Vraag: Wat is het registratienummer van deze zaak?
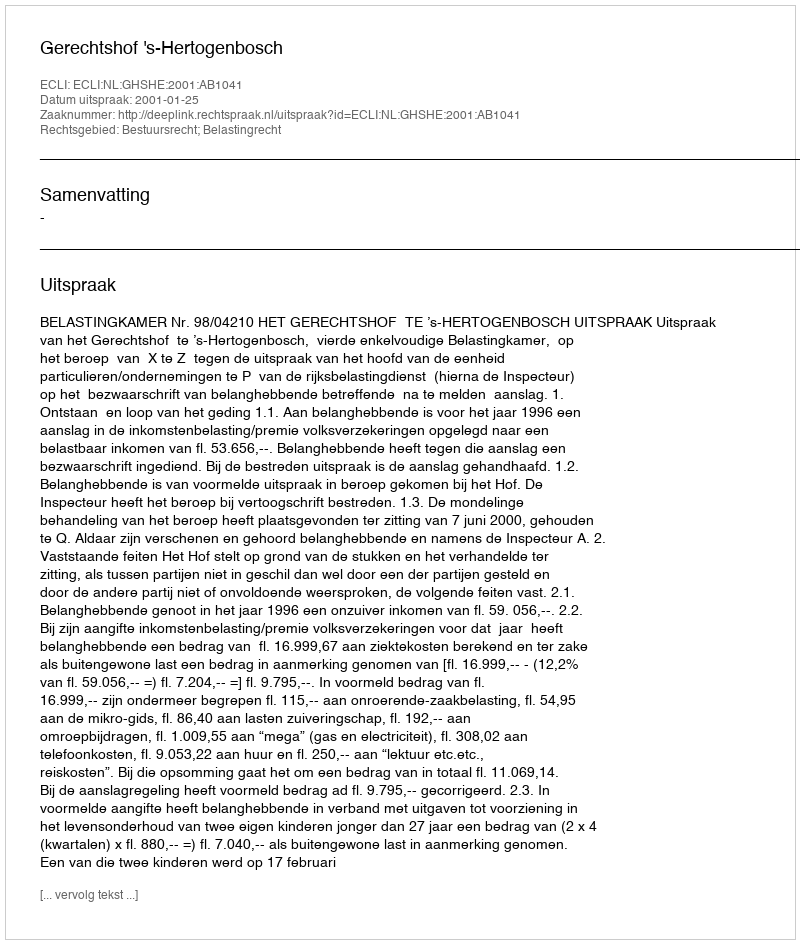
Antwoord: http://deeplink.rechtspraak.nl/uitspraak?id=ECLI:NL:GHSHE:2001:AB1041